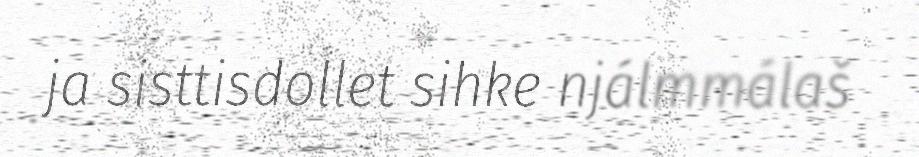
ja sisttisdollet sihke njálmmálaš